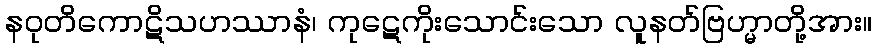
နဝုတိကောဋိသဟဿာနံ၊ ကုဋေကိုးသောင်းသော လူနတ်ဗြဟ္မာတို့အား။